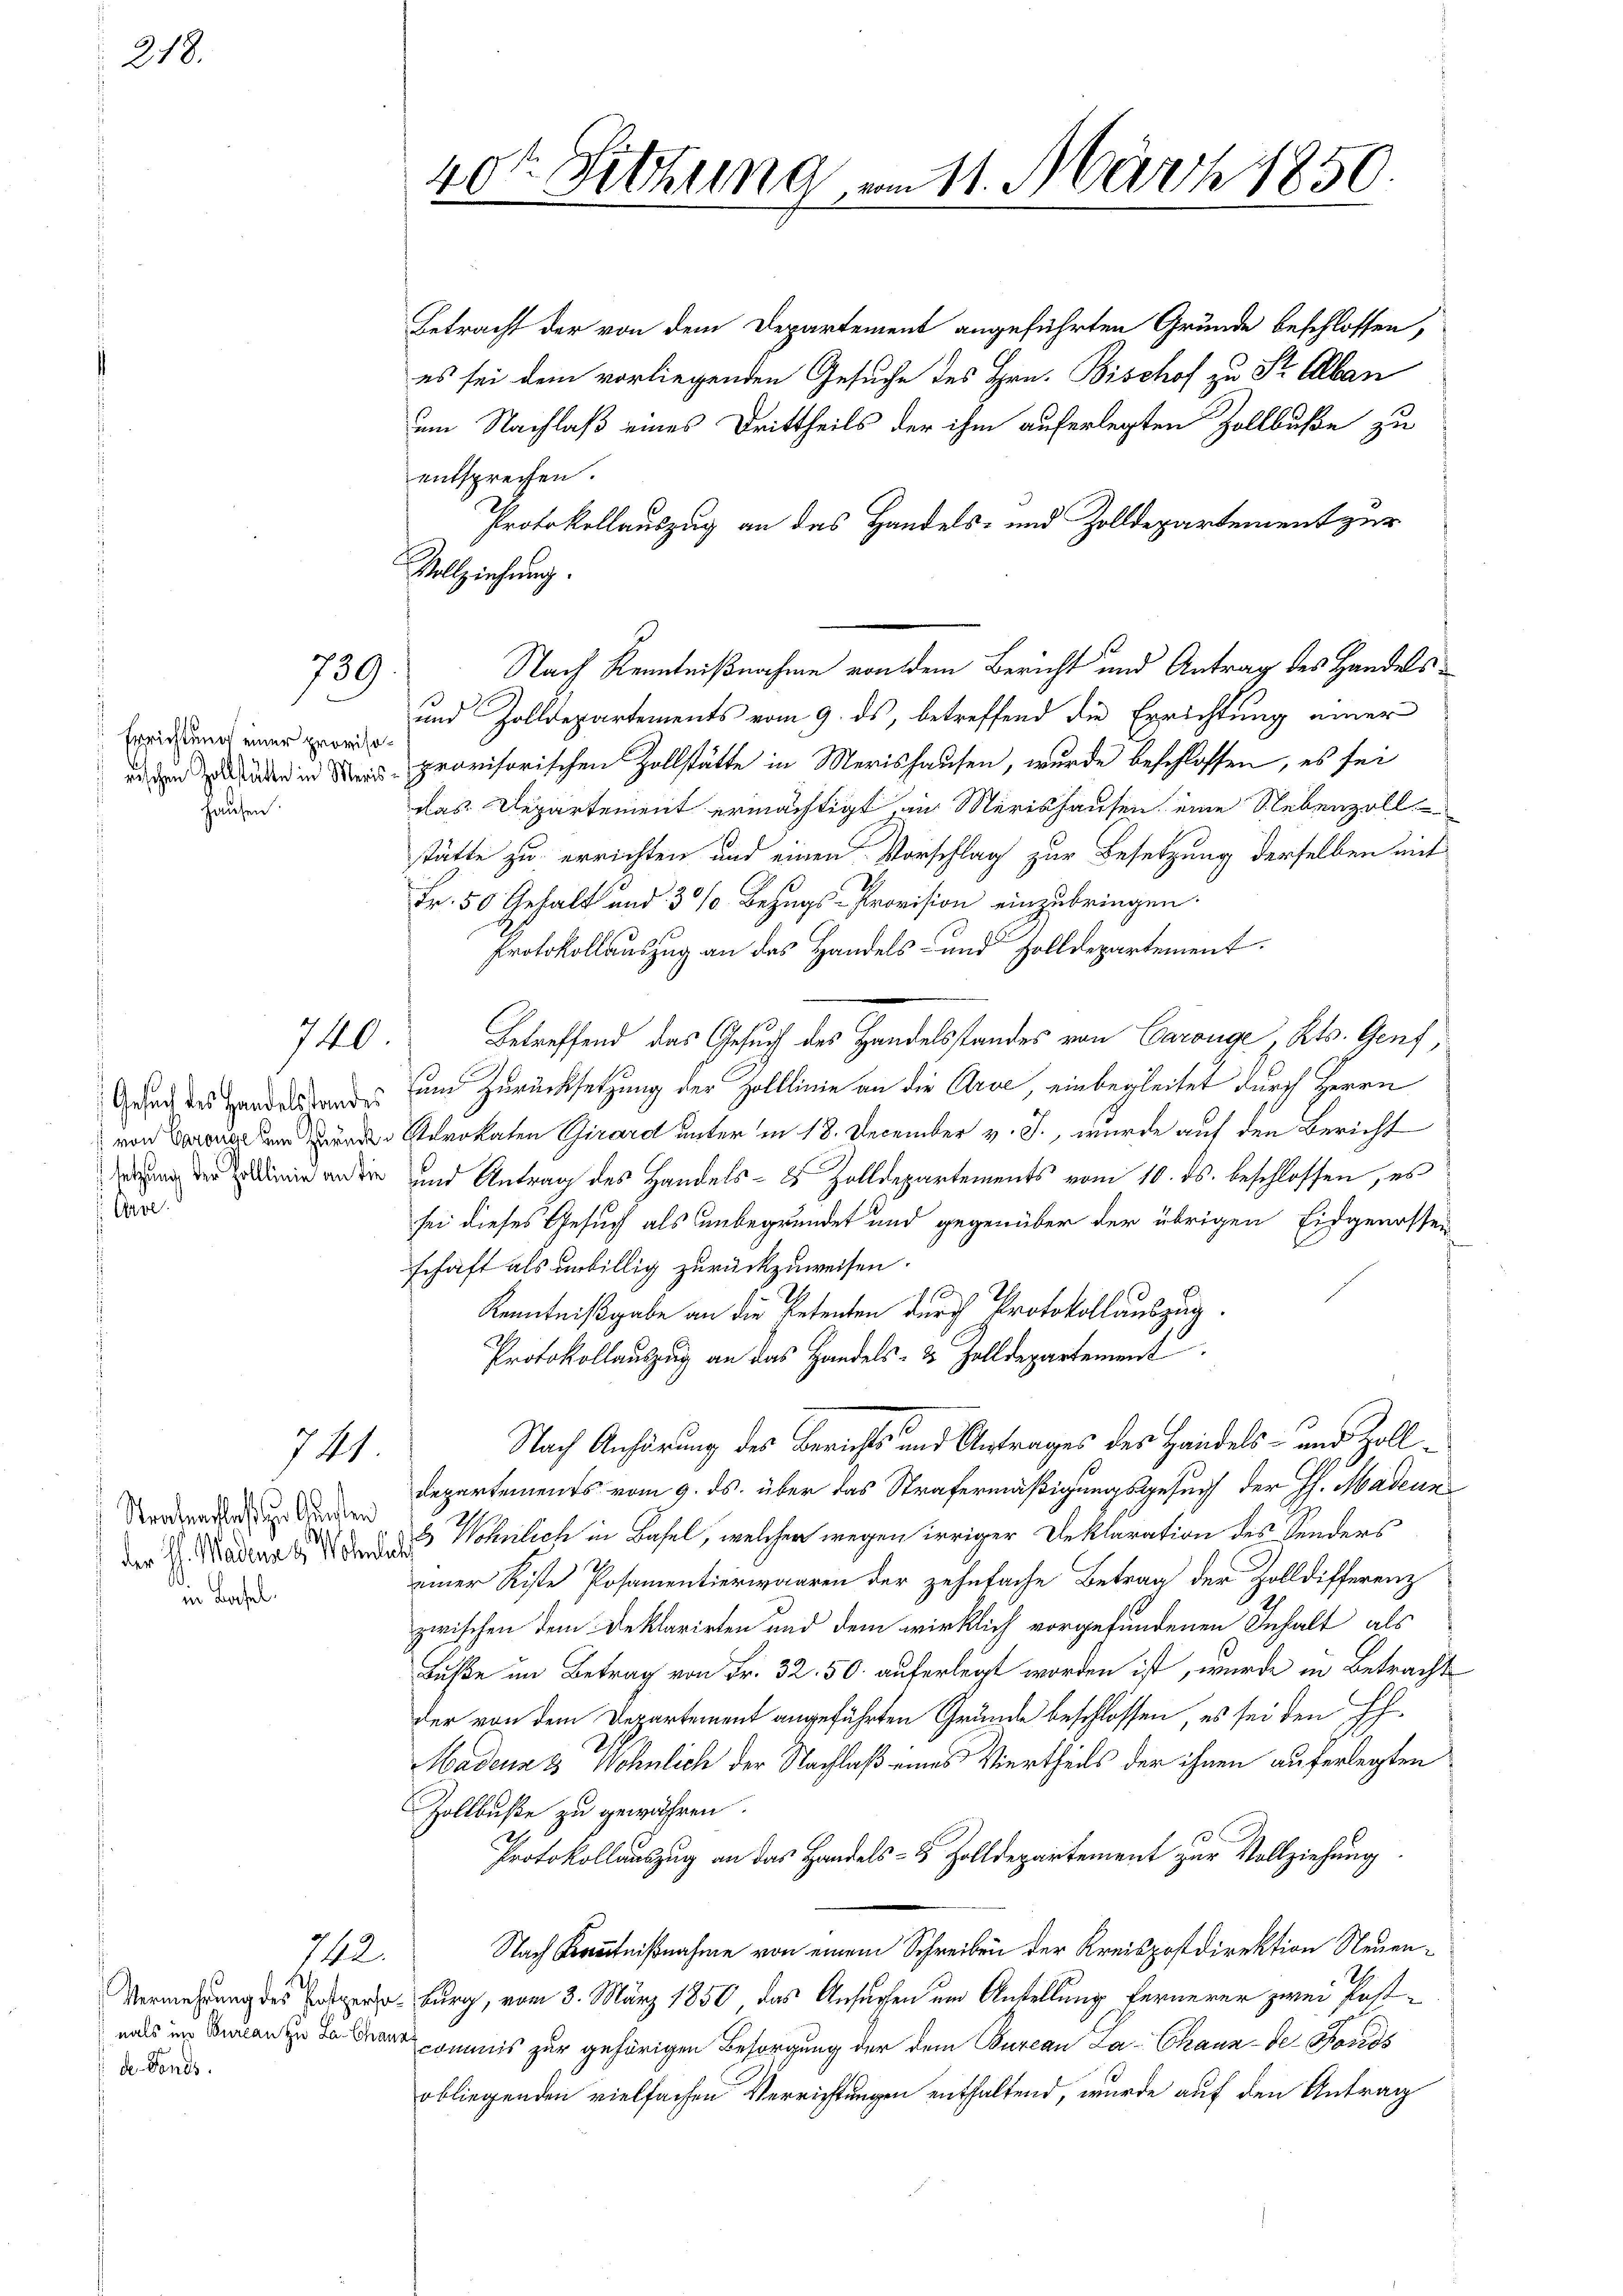
218.

Orve.

739

Errichtung einer provisohausen

740

744

Stealnachlaß zu Gunsten
in Basel.

742.

de Fonds.

40te Sitzung vom 11. März 1850.

Betracht der von dem Departement angeführten Gründe beschlossen,
es sei dem vorliegenden Gesuche des Hrn. Bischof zu Sr. Alban
um Nachlaß eines Drittheils der ihm auferlegten Zollbuße zu
entsprechen.
Protokollauszug an das Handels- und Zolldepartement zur
Vollziehung.
und Zolldepartements vom 9. ds, betreffend die Errichtung einer
  in der provisorischen Zollstätte in Merishausen, wurde beschlossen, es sei
das Departement ermächtigt, in Merishausen eine Nebenzoll
stätte zu errichten und einen Vorschlag zur Besetzung derselben mit
Fr. 50 Gehalt und 30% Bezugs-Provision einzubringen.
Protokollauszug an das Handels- und Zolldepartement.
Betreffend das Gesuch des Handelsstandes von Garange , Kts. Genf,
Guach des Hand ander zum Zurücksetzung der Zolllinie an die Arve, einbegleitet durch Herrn
 Aerokaten Girard unter in 18. December v. J., wurde auf den Bericht
orden und Antrag des Handels- 8 Zolldepartements vom 10. ds. beschlossen, es
sei dieses Gesuch als unbegründet und gegenüber der übrigen Eidgenossen
schaft als unbillig zurückzuweisen.
Kenntnißgabe an die Petenten durch Protokollauszug.
Protokollauszug an das Handels- & Zolldepartement
Nach Anhörung des Berichts und Antrages des Handels- und Zolldepartements vom 9. ds. über das Strafermäßigungsgesuch der H. Madenn
der H. Mader den und Wohnlich in Basel, welcher wegen irriger Deklaration des Sonderseiner Riste Posamentierwaaren der zehnfache Betrag der Zolldifferenz
zwischen dem Deklarirten und dem wirklich vorgefundenen Inhalt als
Buße im Betrag von Fr. 32. 50. auferlegt worden ist, wurde in Betracht
der von dem Departement angeführten Gründe beschlossen, es sei den H
Madenz & Wöhnlich der Nachlaß eines Viertheils der ihnen auferlegten
Zollbuße zu gewähren.
Protokollauszug an das Handels- & Zolldepartement zur Vollziehung.
Nach Kenntnißnahme von einem Schreiben der Kreispostdirektion Neuen¬
Vermehrung des er burg, vom 8. März 1850, das Ansuchen um Anstellung fernerer zwei Postmals uns zur gehörigen Besorgung der dem Bureau La-Chaux-de-Fonds
obliegenden vielfachen Verrichtungen enthaltend, wurde auf den Antrag

Nach Kenntnißnahme von dem Bericht und Antrag des Handels¬